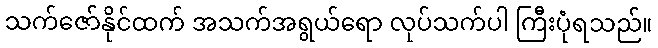
သက်ဇော်နိုင်ထက် အသက်အရွယ်ရော လုပ်သက်ပါ ကြီးပုံရသည်။